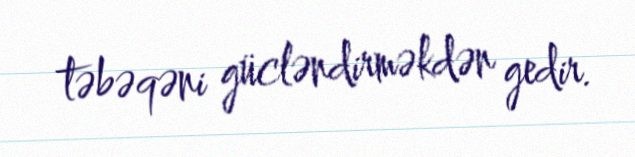
təbəqəni gücləndirməkdən gedir.